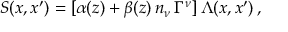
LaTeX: S ( x , x ^ { \prime } ) = [ \alpha ( z ) + \beta ( z ) \, n _ { \nu } \, \Gamma ^ { \nu } ] \, \Lambda ( x , x ^ { \prime } ) \, ,